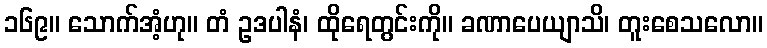
၁၆၉။ သောက်အံ့ဟု။ တံ ဥဒပါနံ၊ ထိုရေတွင်းကို။ ခဏာပေယျာသိ၊ တူးစေသလော။